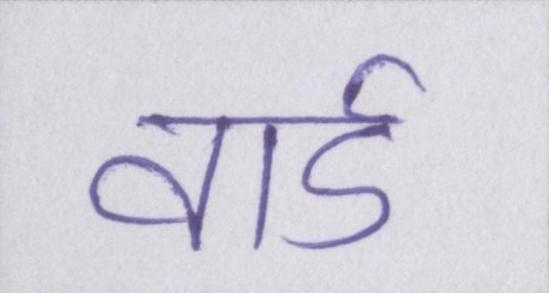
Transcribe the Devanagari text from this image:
वार्ड